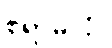
စရာမလို။